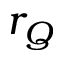
r _ { Q }